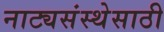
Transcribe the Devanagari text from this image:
नाट्यसंस्थेसाठी